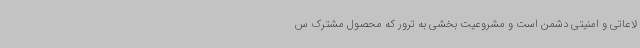
لاعاتی و امنیتی دشمن است و مشروعیت‌ بخشی به ترور که محصول مشترک س